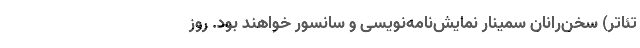
تئاتر) سخن‌رانان سمینار نمایش‌نامه‌نویسی و سانسور خواهند بود. روز